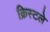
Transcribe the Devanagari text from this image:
क्रिस्टले